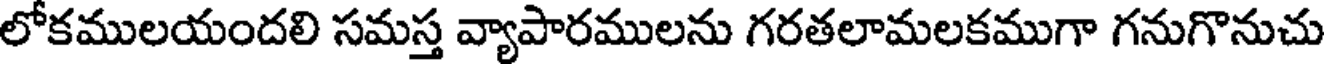
లోకములయందలి సమస్త వ్యాపారములను గరతలామలకముగా గనుగొనుచు